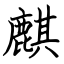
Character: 麒